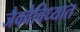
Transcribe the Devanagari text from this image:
जैववैविध्यात